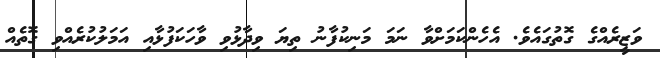
ވަޒީރެއްގެ ގޮތުގައެވެ. އެހެންކަމަށްވާ ނަމަ މަނިކުފާނު ތިޔަ ވިދާޅުވި ވާހަކަފުޅާއި އަމަލުކުރެއްވި ގޮތެއް